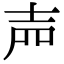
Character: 𡔝